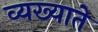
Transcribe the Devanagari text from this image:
व्यख्याते